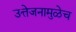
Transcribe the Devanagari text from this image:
उत्तेजनामुळेच